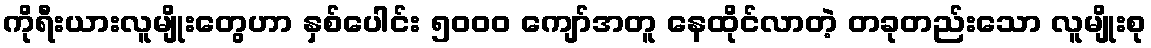
ကိုရီးယားလူမျိုးတွေဟာ နှစ်ပေါင်း ၅၀၀၀ ကျော်အတူ နေထိုင်လာတဲ့ တခုတည်းသော လူမျိုးစု